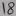
Text: 18